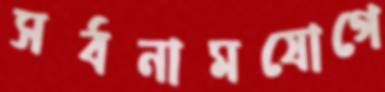
সর্বনামযোগে